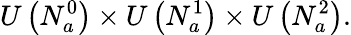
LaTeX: U\left(N_{a}^{0}\right)\times U\left(N_{a}^{1}\right)\times U\left(N_{a}^{2}\right).